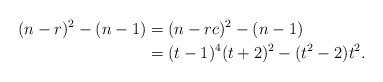
LaTeX: \begin{align*}(n-r)^2-(n-1)&=(n-rc)^2-(n-1)\\&=(t-1)^4(t+2)^2-(t^2-2)t^2.\end{align*}